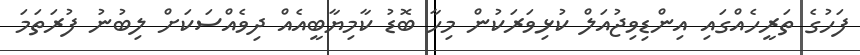
ފަހުގެ ތަރީހެއްގައި އިންޑިވިޖުއަލް ކުޅިވަރަކުން މިހާ ބޮޑު ކާމިޔާބީއެއް ދިވެއްސަކަށް ލިބުނު ފުރަތަމަ